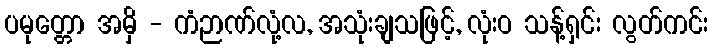
ပမုတ္တော အမှိ - ကံဉာဏ်လုံ့လ, အသုံးချသဖြင့်, လုံးဝ သန့်ရှင်း လွတ်ကင်း